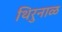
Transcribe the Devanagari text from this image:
थिरुनाळ